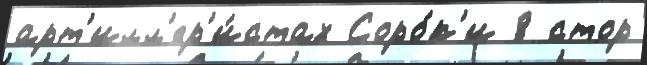
арт'илл'ер'и́стах Соро́к'и 8 стор